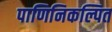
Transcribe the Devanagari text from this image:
पाणिनिकल्पित